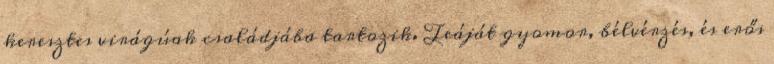
keresztes virágúak családjába tartozik. Teáját gyomor, bélvérzés, és erős